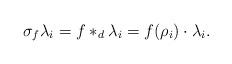
LaTeX: \begin{align*} \sigma_f \lambda_i= f *_d \lambda_i=f(\rho_i)\cdot \lambda_i. \end{align*}